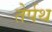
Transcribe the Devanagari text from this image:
तेर्पथ